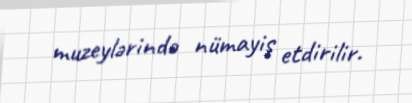
muzeylərində nümayiş etdirilir.